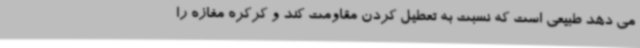
می دهد طبیعی است که نسبت به تعطیل کردن مقاومت کند و کرکره مغازه را